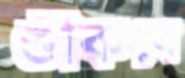
শুঁকিবে